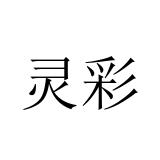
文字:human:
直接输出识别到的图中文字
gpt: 灵彩